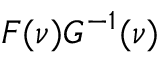
F ( \nu ) G ^ { - 1 } ( \nu )